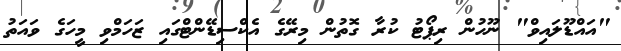
"އައްޑޫލައިވް" ނޫހުން ރިޕޯޓު ކުރާ ގޮތުން މިރޭގެ އެކްސިޑޭންޓްގައި ޒަހަމްވި މީހަގެ ވައަތު